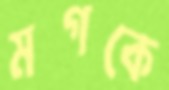
মগকে